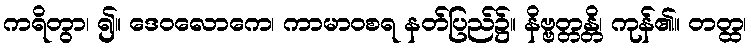
ကရိတွာ၊ ၍။ ဒေဝလောကေ၊ ကာမာဝစရ နတ်ပြည်၌။ နိဗ္ဗတ္တန္တိ၊ ကုန်၏။ တတ္ထ၊